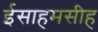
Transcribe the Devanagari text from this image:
ईसाहमसीह